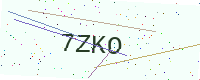
Text: 7ZKO